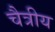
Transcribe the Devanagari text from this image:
चैत्रीय